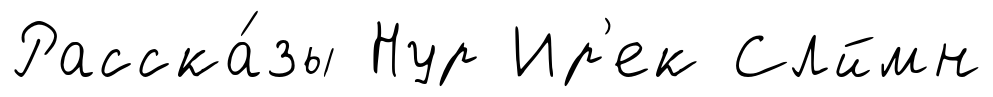
Расска́зы Нур Ир'ек Слймн